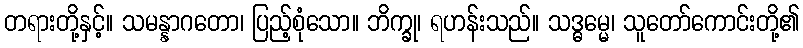
တရားတို့နှင့်။ သမန္နာဂတော၊ ပြည့်စုံသော။ ဘိက္ခု၊ ရဟန်းသည်။ သဒ္ဓမ္မေ၊ သူတော်ကောင်းတို့၏